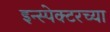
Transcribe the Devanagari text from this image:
इन्स्पेक्टरच्या